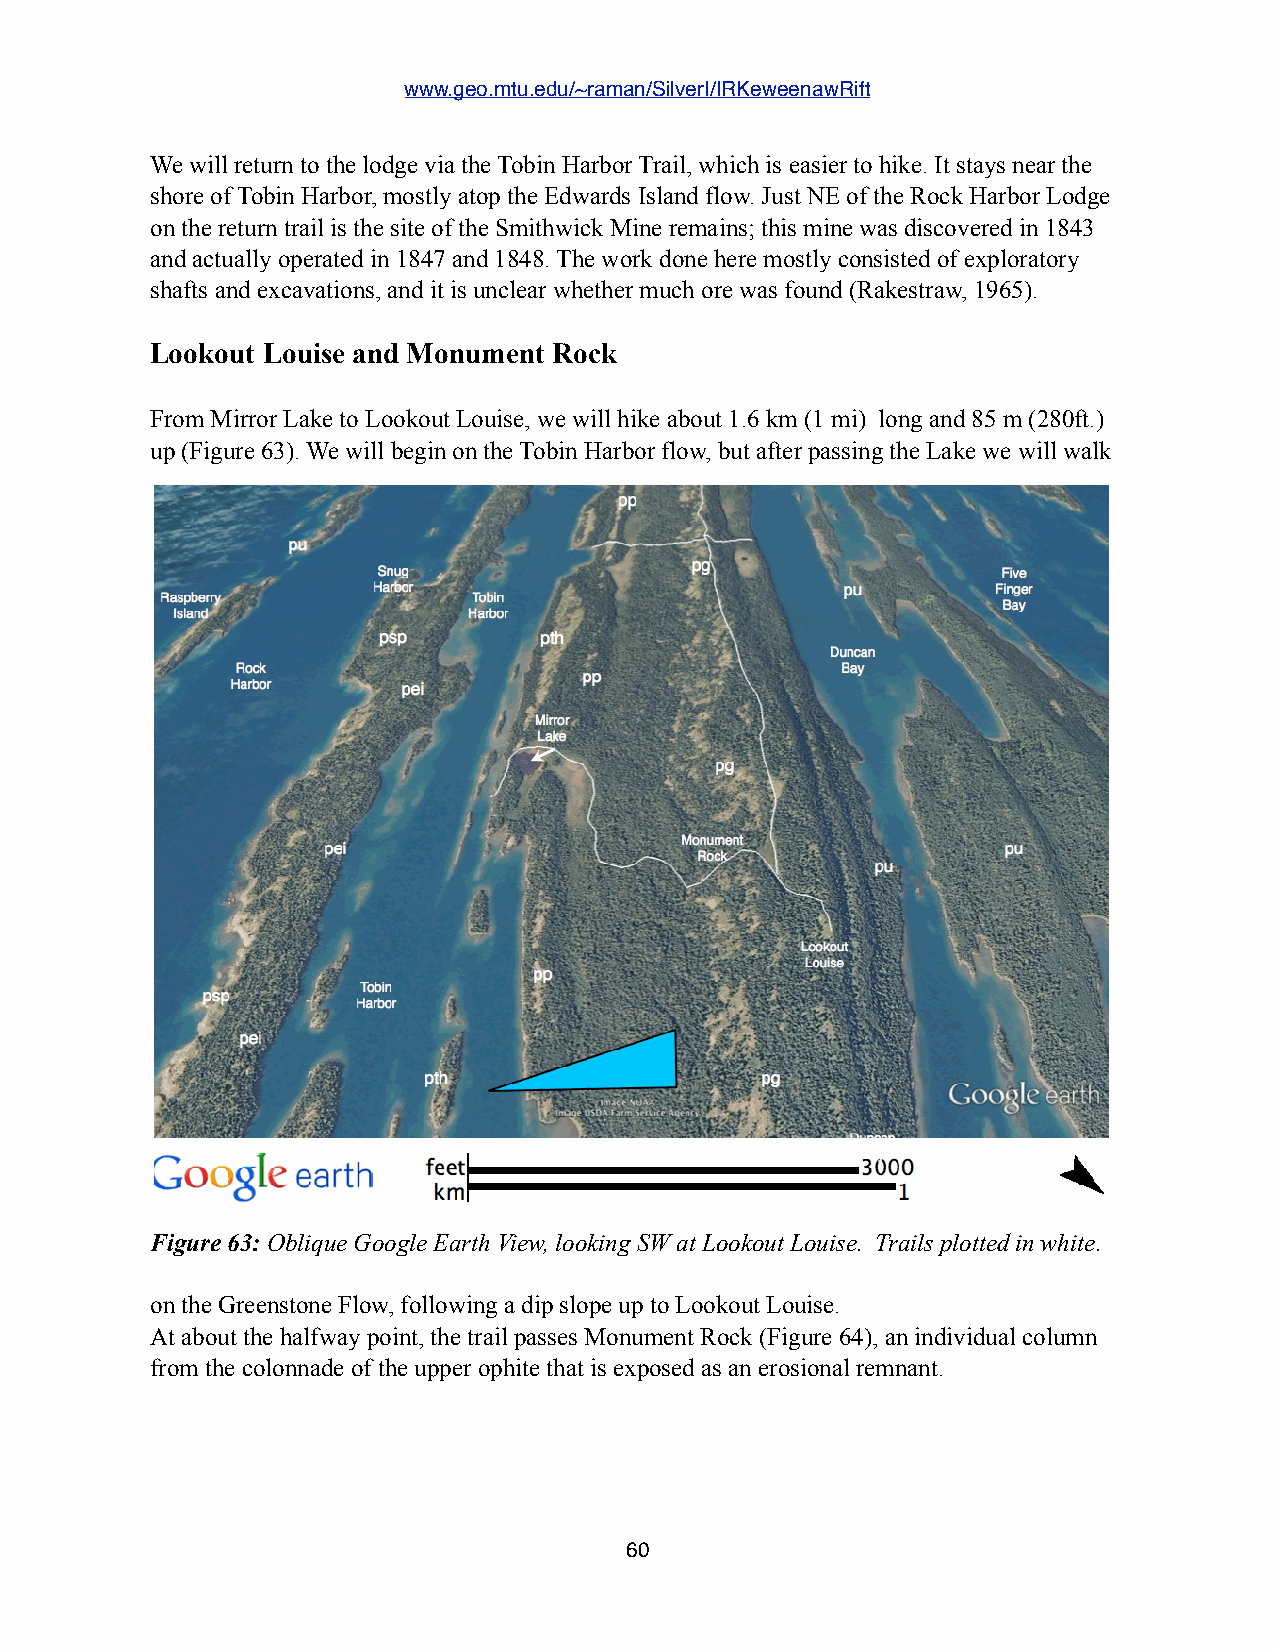
www.geo.mtu.edu/~raman/SilverI/IRKeweenawRift
 We will return to the lodge via the Tobin Harbor Trail, which is easier to hike. It stays near the
 shore of Tobin Harbor, mostly atop the Edwards Island flow. Just NE of the Rock Harbor Lodge
 on the return trail is the site of the Smithwick Mine remains; this mine was discovered in 1843
 and actually operated in 1847 and 1848. The work done here mostly consisted of exploratory
 shafts and excavations, and it is unclear whether much ore was found (Rakestraw, 1965).
 Lookout Louise and Monument Rock
 From Mirror Lake to Lookout Louise, we will hike about 1.6 km (1 mi) long and 85 m (280ft.)
 up (Figure 63). We will begin on the Tobin Harbor flow, but after passing the Lake we will walk
 Figure 63: Oblique Google Earth View, looking SW at Lookout Louise. Trails plotted in white.
 on the Greenstone Flow, following a dip slope up to Lookout Louise.
 At about the halfway point, the trail passes Monument Rock (Figure 64), an individual column
 from the colonnade of the upper ophite that is exposed as an erosional remnant.
 60